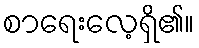
စာရေးလေ့ရှိ၏။